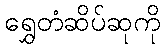
ရွှေတံဆိပ်ဆုကို